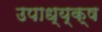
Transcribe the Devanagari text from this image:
उपाध्य्क्ष